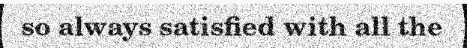
so always satisfied with all the